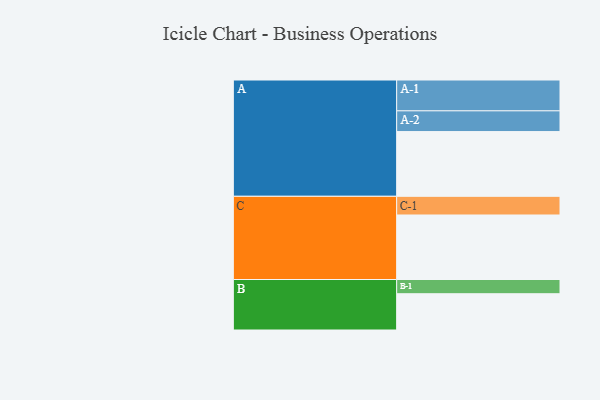
{"axis": {"x": "Segment", "y": "Value"}, "legend": ["", "A", "B", "C"], "data": [{"x": "A", "y": 596, "type": ""}, {"x": "B", "y": 334, "type": ""}, {"x": "C", "y": 594, "type": ""}, {"x": "A-1", "y": 284, "type": "A"}, {"x": "A-2", "y": 191, "type": "A"}, {"x": "B-1", "y": 131, "type": "B"}, {"x": "C-1", "y": 172, "type": "C"}]}